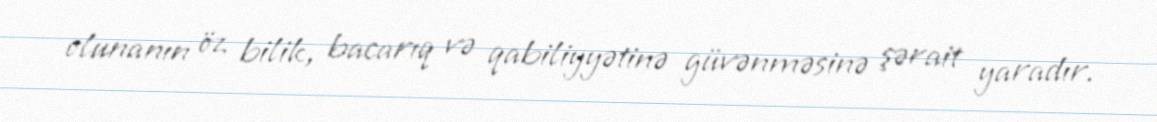
olunanın öz bilik, bacarıq və qabiliyyətinə güvənməsinə şərait yaradır.